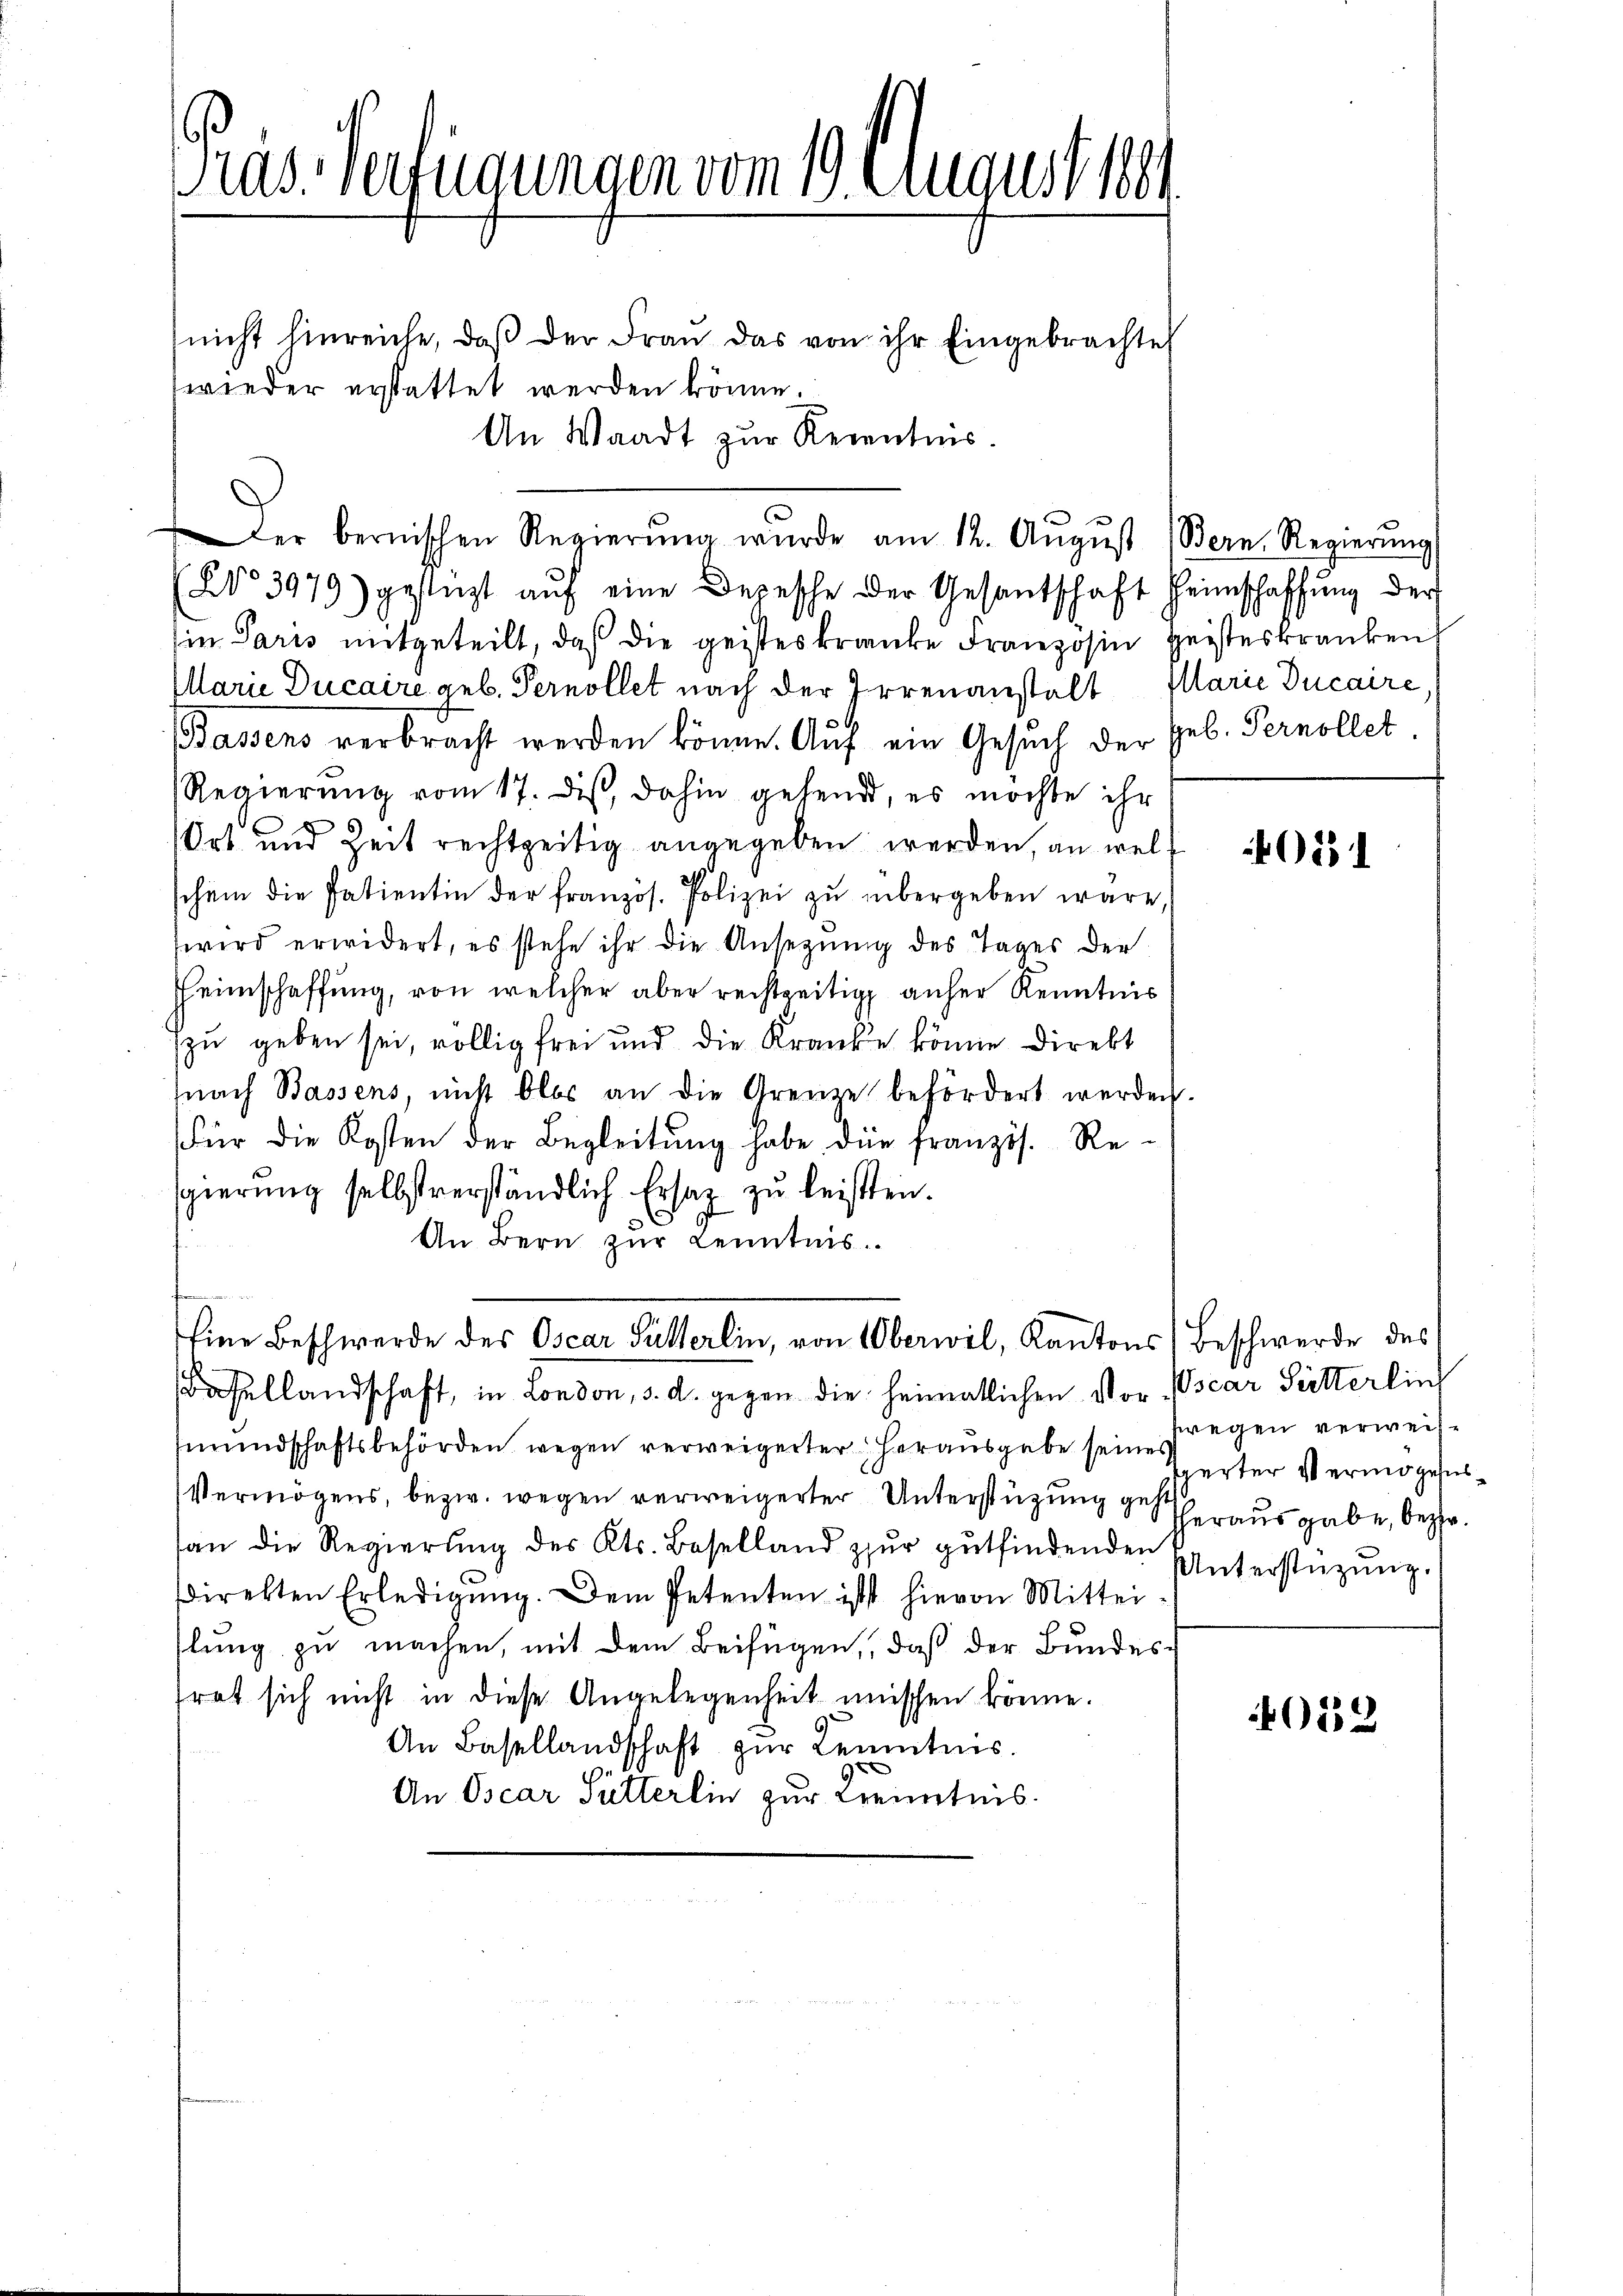
Pras. Verfügungen vom 19. August 1891

nicht hinreiche, daβ der Frau das von ihr Eingebrachte
wieder erstattet werden könne.
An Waadt zur Kenntnis.
(No 3979) gestüzt aŭf eine Depesche der Gesantschaft Heimschaffŭng der
in Paris mitgeteilt, daß die geisteskranke Franzosen geisteskranken
Marie Ducaire geb. Pernollet nach der Irrenanstalt Marie Ducaire
e
Bassens verbracht werden könne. Auf ein Gesuch der geb. Pernollet
Regierung vom 17. dis, dahin gehend, es möchte ihr
Ort und Zeit rechtzeitig angegeben werden, an welschein die Patientin der französ. Polizei zŭ übergeben wäre,
wird erwidert, es stehe ihr die Ansezung des Tages der
Heimschaffung, von welcher aber rechtzeitig anher Kenntnis
zu geben sei, völlig frei und die Kranke könne direkt
(nach Bassens, nicht blos an die Grenze befördert werden.
Für die Kosten der Begleitŭng habe die französ. Re-
sgierung selbstverständlich Ersatz zu leisten.
An Bern zur Kenntnis.
s
Eine Beschwerde des Oscar Füllerlin, von Oberwil, Kantons (Beschwerde des
Basellandschaft, in London, d. d. gegen die heimatlichen Vor
mŭndschaftsbehörden wegen verweigerter herausgabe seine Fragen verweis-
Vermögens, bezw. wegen verweigerter Unterstützung der ausgabe, bezw.
san die Regierŭng des Kts. Baselland zŭr gŭtfindenden
direkten Erledigŭng. Dem Petenten ist hievon Mittei
llung zu machen, mit dem Beifügen, daß der Bundesfrat sich nicht in diese Angelegenheit müschen könne.
An Basellandschaft zŭr Kenntnis.
An Oscar Pütterlin zur Kenntnis.

Der bernischen Regierŭng wurde am 12. Aŭgŭst (Bern. Regierŭng

4021

Oscar Sitterling
gerter Vermögens¬
Unterstützung.

052